Civil Veterinary Dept. North-West Frontier Province 1933-46 - 1933-1946
Year: 1933
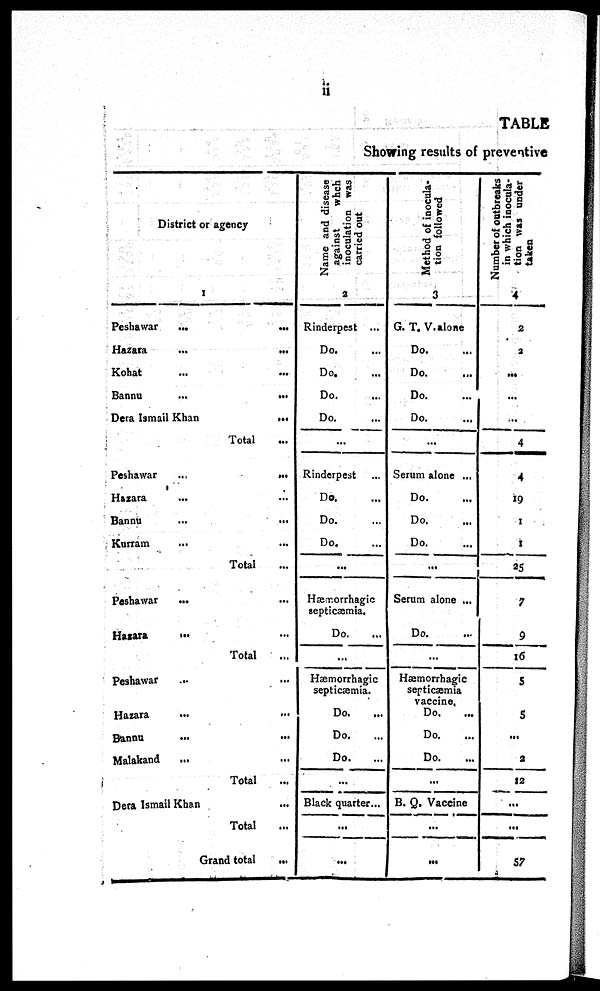
ii
TABLE
Showing results of preventive
District or agency
1
Peshawar ... ...
Hazara
...
...
Kohat ... ...
Bannu
...
...
Dera Ismail Khan
...
Total ...
Peshawar ...
Hazara ... ...
Bannu
...
...
Kurram ... ...
Total ...
Peshawar ... ...
Hazara ... ...
Total ...
Peshawar ...
Hazara ... ...
Bannu ... ...
Malakand ... ...
Total ...
Dera Ismail Khan ...
Total ...
Grand total
...
Name and disease
against
whch
inoculation was
carried out
2
Rinderpest ...
Do. ...
Do. ...
Do. ...
Do. ...
...
Rinderpest
Do. ...
Do. ...
Do. ...
...
Hæmorrhagic
septicaemia,
Do. ...
...
Hæmorrhagic
septicæmia.
Do. ...
Do....
Do.
...
Black quarter...
...
...
Method of inocula-
tion followed
3
G. T. V.alone
Do. ...
Do. ...
Do. ...
Do. ...
...
Serum alone ...
Do. ...
Do. ...
Do. ...
...
Serum alone ...
Do. ...
...
Hæmorrhagic
septicæmia
vaccine.
Do. ...
Do. ...
Do.
...
B. Q. Vaccine
...
...
Number of outbreaks
in which inocula-
tion was under
taken
4
2
2
...
...
...
4
4
19
1
1
25
7
9
16
5
5
...
2
12
...
...
57